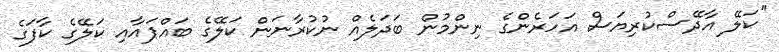
''ކަލޭ އާދޭސްކުރިޔަސް އަހަރެންގެ ނިންމުން ބަދަލެއް ނުކުރާނަން ކަލޭގެ ބައްޕައާއި ކަލޭގެ ކާފަގެ